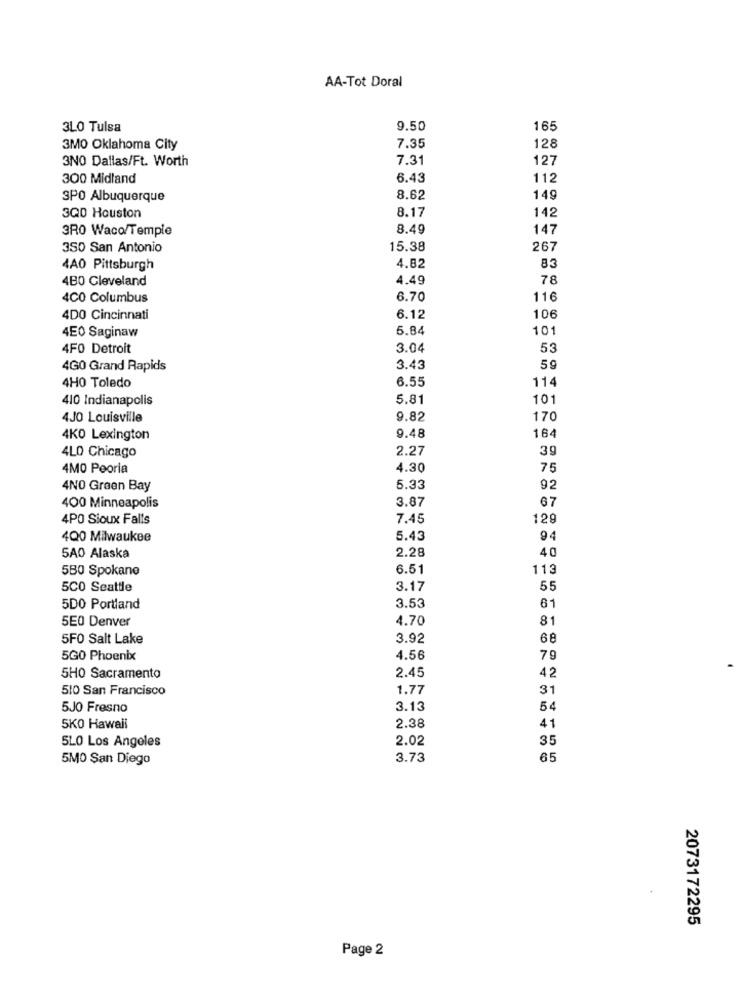
AA-Tot Doral
3LO Tulsa
9.50
165
3MO Oklahoma City
7.35
128
3NO Dallas/Ft. Worth
7.31
127
300 Midland
6.43
112
3PO Albuquerque
8.62
149
8.17
142
3QD Houston
3R0 Waco/Temple
8.49
147
350 San Antonio
15.38
267
83
4A0 Pittsburgh
4.82
4BO Cleveland
4.49
78
4C0 Columbus
6.70
116
4DO Cincinnati
6.12
106
4E0 Saginaw
5.84
10.
4FO Detroit
3.04
53
4G0 Grand Rapids
3.43
59
114
4HO Toledo
6.55
410 Indianapolis
5.81
101
4JO Louisville
9.82
170
4KO Lexington
9.48
164
2.27
39
4LO Chicago
4MO Peoria
4.30
75
4NO Green Bay
5.33
92
3.87
67
400 Minneapolis
4PO Sioux Falls
7.45
129
4Q0 Milwaukee
5.43
94
2.28
40
5A0 Alaska
5B0 Spokane
6.51
113
5C0 Seattle
3.17
55
5DO Portland
3.53
61
5E0 Denver
4.70
81
5FO Salt Lake
3.92
68
5GO Phoenix
4.56
79
2.45
5HO Sacramento
42
510 San Francisco
1.77
31
5JO Fresno
3.13
54
5KO Hawaii
2.38
41
2.02
35
5LO Los Angeles
5MO San Diego
3.73
65
2073172295
Page 2